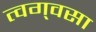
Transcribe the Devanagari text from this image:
त्वग्‌वसा